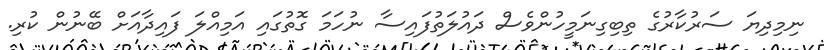
ނިމިދިޔަ ސަރުކާރުގެ ތިބިގިނަމީހުންވެސް ދައުލަތުފައިސާ ނުހަމަ ގޮތުގައި އަމިއްލަ ފައިދާއަށް ބޭނުން ކުރި.